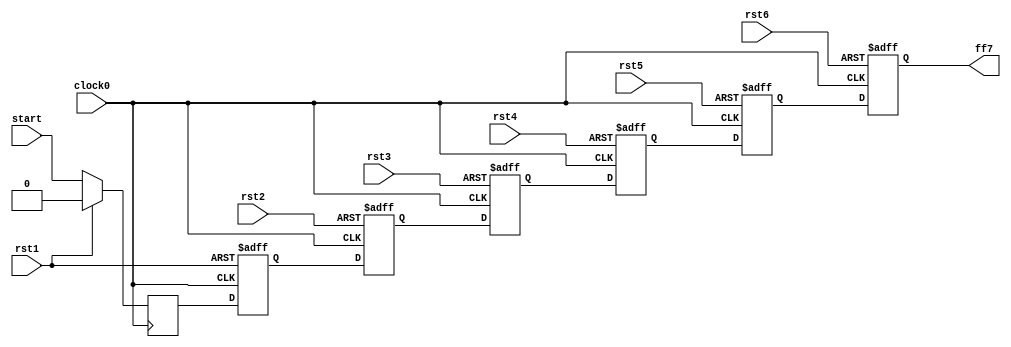
module hop6_L4(
   	
		input	clock0,
		input	rst1,
		input 	rst2,
		input 	rst3,
		input 	rst4,
		input 	rst5,
		input 	rst6,
		input 	start,
		output 	ff7
		
		);

		reg ff1,ff2,ff3,ff4,ff5,ff6,ff7;

  	always @( posedge clock0)
   	begin
   		if( rst1 )
       			ff1 <= 0;
		else
			ff1<= start;
	end


	always @(posedge clock0, posedge rst1)
	begin
    		if( rst1 )
       			ff2 <= 0;      
    		else 
			ff2<= ff1;

	end



  	always @( posedge clock0, posedge rst2)
   	begin
   		if( rst2 )
       			ff3 <= 0;
		else
			ff3<= ff2;
	end

  	always @( posedge clock0, posedge rst3)
   	begin
   		if( rst3)
       			ff4 <= 0;
		else
			ff4<= ff3;
	end

  	always @( posedge clock0, posedge rst4)
   	begin
   		if( rst4)
       			ff5 <= 0;
		else
			ff5<= ff4;
	end

  	always @( posedge clock0, posedge rst5)
   	begin
   		if( rst5)
       			ff6 <= 0;
		else
			ff6<= ff5;
	end

  	always @( posedge clock0, posedge rst6)
   	begin
   		if( rst6)
       			ff7 <= 0;
		else
			ff7<= ff6;
	end


endmodule